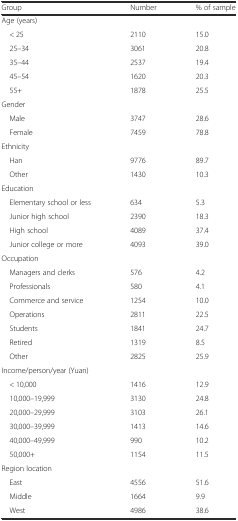
| Group | Number | % of sample |
 | --- | --- | --- |
 | <COLSPAN=3> Age (years) |
 | < 25 | 2110 | 15.0 |
 | 25–34 | 3061 | 20.8 |
 | 35–44 | 2537 | 19.4 |
 | 45–54 | 1620 | 20.3 |
 | 55+ | 1878 | 25.5 |
 | <COLSPAN=3> Gender |
 | Male | 3747 | 28.6 |
 | Female | 7459 | 78.8 |
 | <COLSPAN=3> Ethnicity |
 | Han | 9776 | 89.7 |
 | Other | 1430 | 10.3 |
 | <COLSPAN=3> Education |
 | Elementary school or less | 634 | 5.3 |
 | Junior high school | 2390 | 18.3 |
 | High school | 4089 | 37.4 |
 | Junior college or more | 4093 | 39.0 |
 | <COLSPAN=3> Occupation |
 | Managers and clerks | 576 | 4.2 |
 | Professionals | 580 | 4.1 |
 | Commerce and service | 1254 | 10.0 |
 | Operations | 2811 | 22.5 |
 | Students | 1841 | 24.7 |
 | Retired | 1319 | 8.5 |
 | Other | 2825 | 25.9 |
 | <COLSPAN=3> Income/person/year (Yuan) |
 | < 10,000 | 1416 | 12.9 |
 | 10,000–19,999 | 3130 | 24.8 |
 | 20,000–29,999 | 3103 | 26.1 |
 | 30,000–39,999 | 1413 | 14.6 |
 | 40,000–49,999 | 990 | 10.2 |
 | 50,000+ | 1154 | 11.5 |
 | <COLSPAN=3> Region location |
 | East | 4556 | 51.6 |
 | Middle | 1664 | 9.9 |
 | West | 4986 | 38.6 |